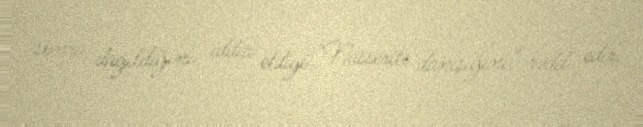
sonra dağıldığını iddia etdiyi "Nasserite danışığını" rədd edir.